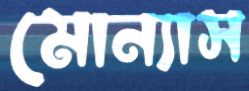
মোন্যাস